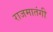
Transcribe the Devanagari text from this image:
राजमातंगी